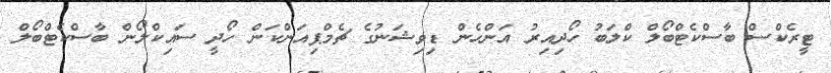
ޓީރެކްސް ބާސްކެޓްބޯލް ކްލަބު ހޯދިއިރު އަންހެން ޑިވިޝަނުގެ ޗެމްޕިއަންކަން ހޯދީ ސައިކްލޯން ބާސްކެޓްބޯލް